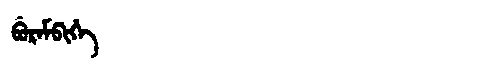
Manchu: ᠪᡠᡵᠠᠮᠪᡳᡥᡝ
Romanization: BURAMBIHE